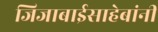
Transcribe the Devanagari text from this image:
जिजाबाईसाहेबांनी